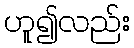
ဟူ၍လည်း